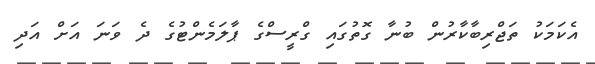
އެކަމަކު ތަޖްރިބާކާރުން ބުނާ ގޮތުގައި ގްރީސްގެ ޕާލަމެންޓުގެ ދެ ވަނަ އަށް އަދި